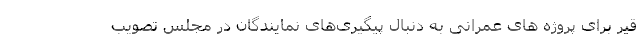
قیر برای پروژه های عمرانی به دنبال پیگیری‌های نمایندگان در مجلس تصویب